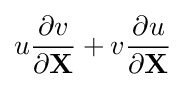
u{\frac {\partial v}{\partial \mathbf {X} }}+v{\frac {\partial u}{\partial \mathbf {X} }}